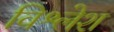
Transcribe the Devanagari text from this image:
विश्लेश